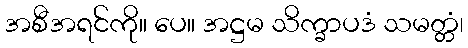
အစီအရင်ကို။ ပေ။ အဋ္ဌမ သိက္ခာပဒံ သမတ္တံ၊